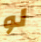
لو